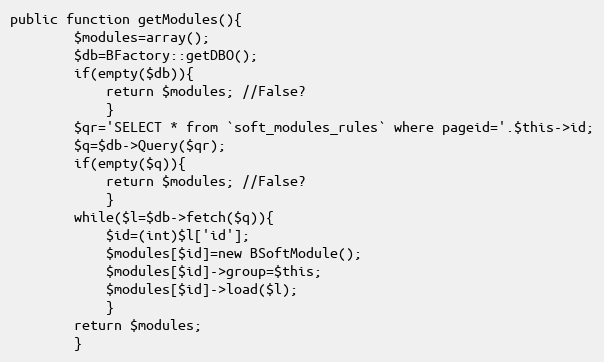
Language: PHP
public function getModules(){
		$modules=array();
		$db=BFactory::getDBO();
		if(empty($db)){
			return $modules; //False?
			}
		$qr='SELECT * from `soft_modules_rules` where pageid='.$this->id;
		$q=$db->Query($qr);
		if(empty($q)){
			return $modules; //False?
			}
		while($l=$db->fetch($q)){
			$id=(int)$l['id'];
			$modules[$id]=new BSoftModule();
			$modules[$id]->group=$this;
			$modules[$id]->load($l);
			}
		return $modules;
		}